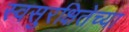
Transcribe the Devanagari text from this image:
स्वसुरक्षितेच्या